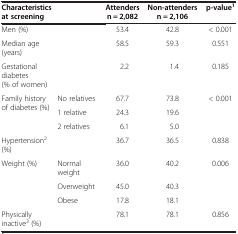
<table><thead><tr><td colspan="2"><b>Characteristics at screening</b></td><td><b>Attenders n = 2,082</b></td><td><b>Non-attenders n = 2,106</b></td><td><b>p-value<sup>1</sup></b></td></tr></thead><tbody><tr><td>Men (%)</td><td> </td><td>53.4</td><td>42.8</td><td>&lt; 0.001</td></tr><tr><td>Median age (years)</td><td> </td><td>58.5</td><td>59.3</td><td>0.551</td></tr><tr><td>Gestational diabetes (% of women)</td><td> </td><td>2.2</td><td>1.4</td><td>0.185</td></tr><tr><td rowspan="3">Family history of diabetes (%)</td><td>No relatives</td><td>67.7</td><td>73.8</td><td>&lt; 0.001</td></tr><tr><td>1 relative</td><td>24.3</td><td>19.6</td><td> </td></tr><tr><td>2 relatives</td><td>6.1</td><td>5.0</td><td> </td></tr><tr><td>Hypertension<sup>2</sup> (%)</td><td> </td><td>36.7</td><td>36.5</td><td>0.838</td></tr><tr><td rowspan="3">Weight (%)</td><td>Normal weight</td><td>36.0</td><td>40.2</td><td>0.006</td></tr><tr><td>Overweight</td><td>45.0</td><td>40.3</td><td> </td></tr><tr><td>Obese</td><td>17.8</td><td>18.1</td><td> </td></tr><tr><td>Physically inactive<sup>3</sup> (%)</td><td> </td><td>78.1</td><td>78.1</td><td>0.856</td></tr></tbody></table>